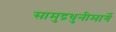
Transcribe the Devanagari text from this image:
सामुद्रधुनीमार्गे